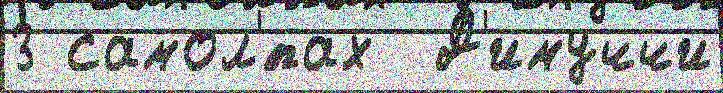
3 самол'́тах  Д'имуччи